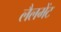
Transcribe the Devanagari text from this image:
लैलमेंट